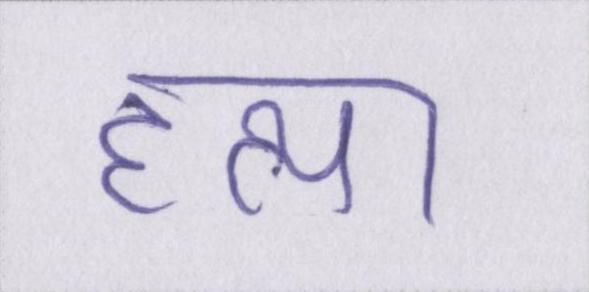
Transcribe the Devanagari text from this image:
हत्या